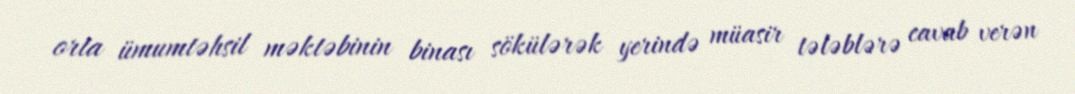
orta ümumtəhsil məktəbinin binası sökülərək yerində müasir tələblərə cavab verən